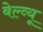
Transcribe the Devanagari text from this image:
बेल्व्यू